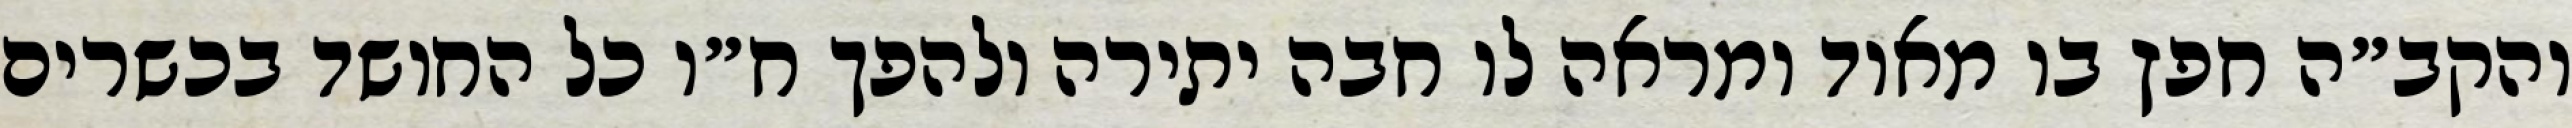
והקב״ה חפץ בו מאוד ומראה לו חבה יתירה ולהפך ח״ו כל החושד בכשרים